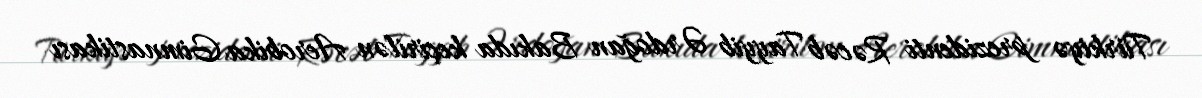
Türkiyə prezidenti Rəcəb Tayyib Ərdoğan Bakıda keçirilən Aerobika Gimnastikası